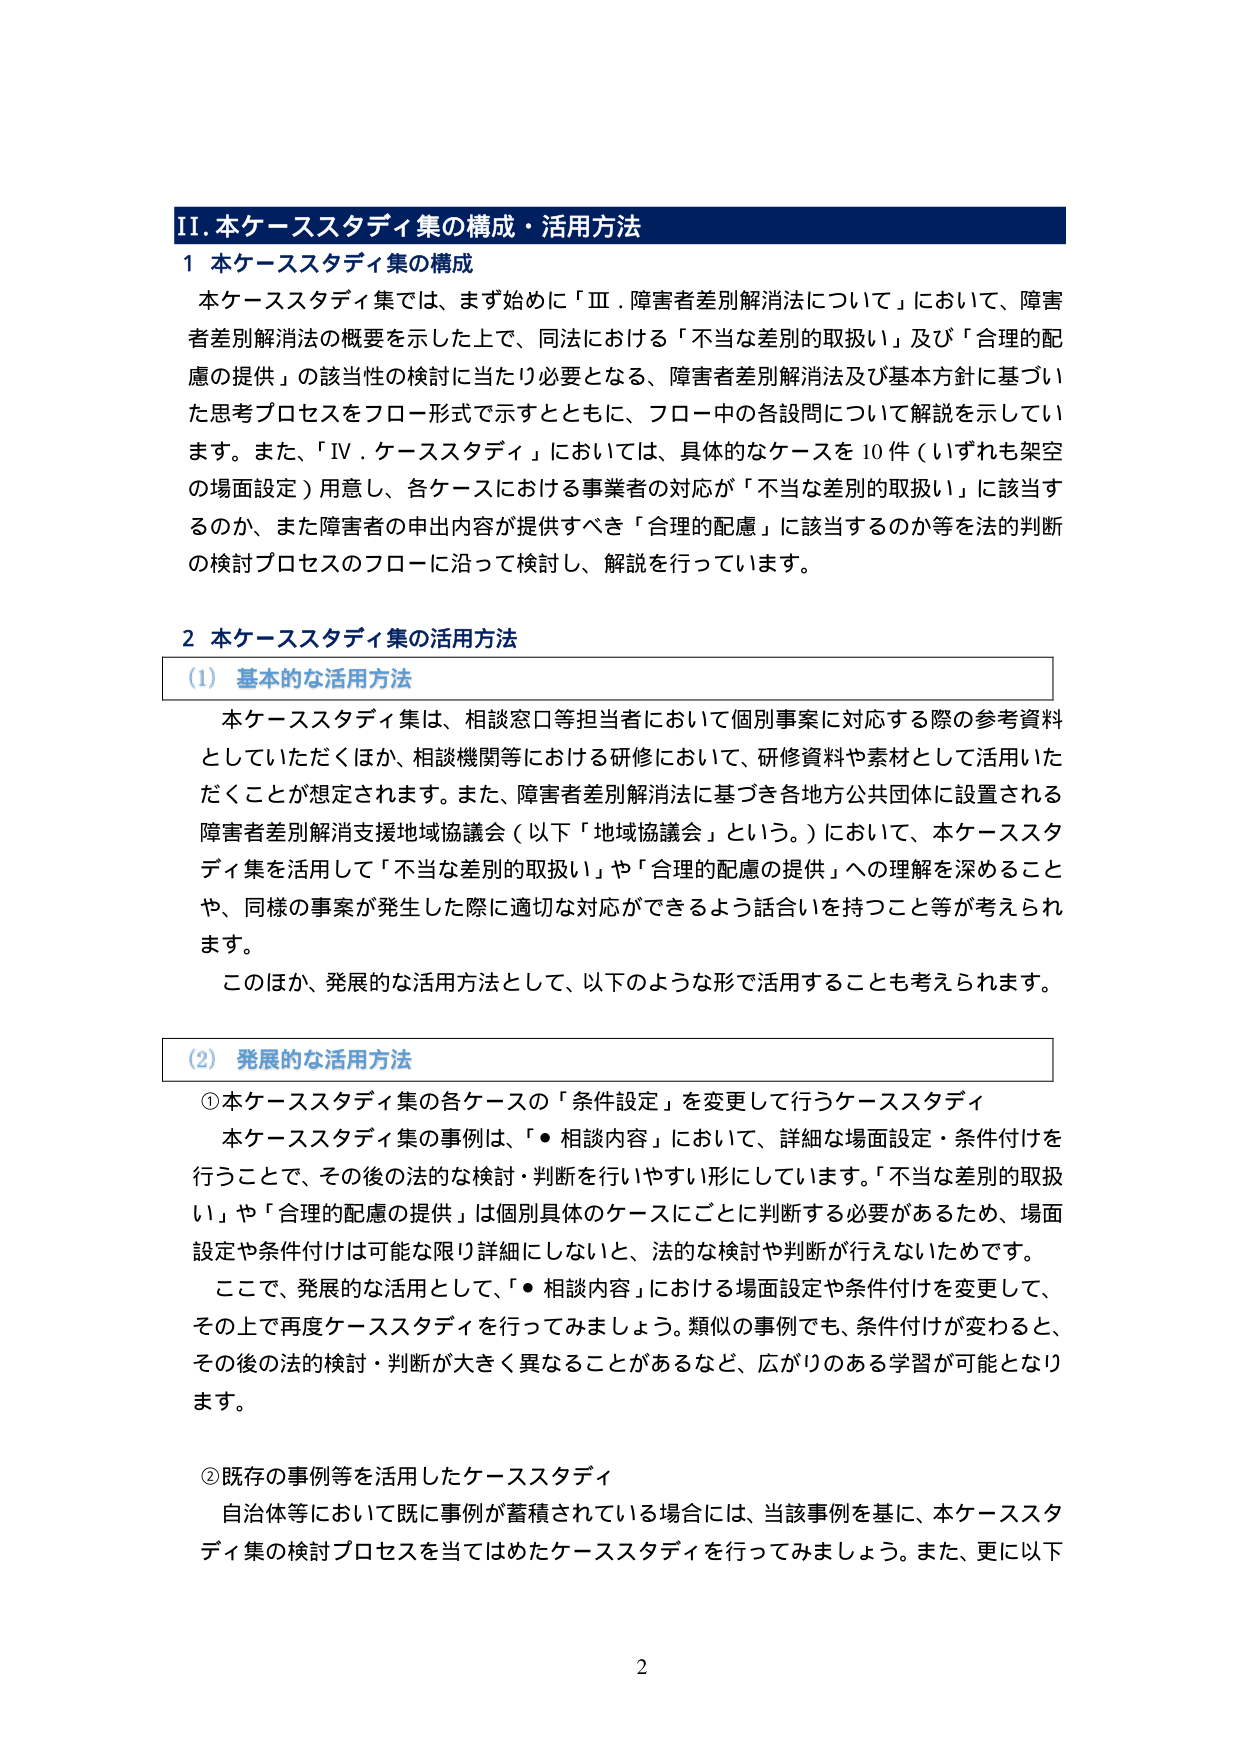
II. 本ケーススタディ集の構成・活用方法

1 本ケーススタディ集の構成
本ケーススタディ集では、まず始めに「Ⅲ．障害者差別解消法について」において、障害者差別解消法の概要を示した上で、同法における「不当な差別的取扱い」及び「合理的配慮の提供」の該当性の検討に当たり必要となる、障害者差別解消法及び基本方針に基づいた思考プロセスをフロー形式で示すとともに、フロー中の各設問について解説を示しています。また、「Ⅳ．ケーススタディ」においては、具体的なケースを10件（いずれも架空の場面設定）用意し、各ケースにおける事業者の対応が「不当な差別的取扱い」に該当するのか、また障害者の申出内容が提供すべき「合理的配慮」に該当するのか等を法的判断の検討プロセスのフローに沿って検討し、解説を行っています。

2 本ケーススタディ集の活用方法

（1）基本的な活用方法
本ケーススタディ集は、相談窓口等担当者において個別事案に対応する際の参考資料としていただくほか、相談機関等における研修において、研修資料や素材として活用いただくことが想定されます。また、障害者差別解消法に基づき各地方公共団体に設置される障害者差別解消支援地域協議会（以下「地域協議会」という。）において、本ケーススタディ集を活用して「不当な差別的取扱い」や「合理的配慮の提供」への理解を深めることや、同様の事案が発生した際に適切な対応ができるよう話合いを持つこと等が考えられます。
このほか、発展的な活用方法として、以下のような形で活用することも考えられます。

（2）発展的な活用方法
①本ケーススタディ集の各ケースの「条件設定」を変更して行うケーススタディ
本ケーススタディ集の事例は、「● 相談内容」において、詳細な場面設定・条件付けを行うことで、その後の法的な検討・判断を行いやすい形にしています。「不当な差別的取扱い」や「合理的配慮の提供」は個別具体的なケースにごとに判断する必要があるため、場面設定や条件付けは可能な限り詳細にしないと、法的な検討や判断が行えないためです。
ここで、発展的な活用として、「● 相談内容」における場面設定や条件付けを変更して、その上で再度ケーススタディを行ってみましょう。類似の事例でも、条件付けが変わると、その後の法的検討・判断が大きく異なることがあるなど、広がりのある学習が可能となります。

②既存の事例等を活用したケーススタディ
自治体等において既に事例が蓄積されている場合には、当該事例を基に、本ケーススタディ集の検討プロセスを当てはめたケーススタディを行ってみましょう。また、更に以下

2